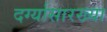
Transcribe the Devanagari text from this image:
दर्ग्यासारख्या